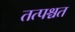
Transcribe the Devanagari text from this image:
तत्पश्चत